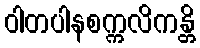
ဝါတပါနစက္ကလိကန္တိ